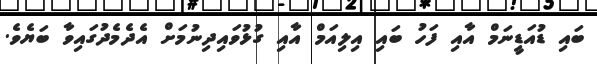
ބައި ޑުއަޑީނަމް އާއި ފަހު ބައި އިލިއަމް އާއި ގުޅުވައިދިނުމަށް އެދެމެދުގައިވާ ބަޔެވެ.